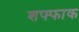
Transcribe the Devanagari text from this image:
शफ्फाक